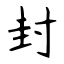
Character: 封